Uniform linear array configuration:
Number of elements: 32
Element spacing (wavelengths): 0.75
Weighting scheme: exponential
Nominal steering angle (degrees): -15
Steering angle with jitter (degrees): -15.325
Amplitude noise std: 0.05
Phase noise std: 0.05

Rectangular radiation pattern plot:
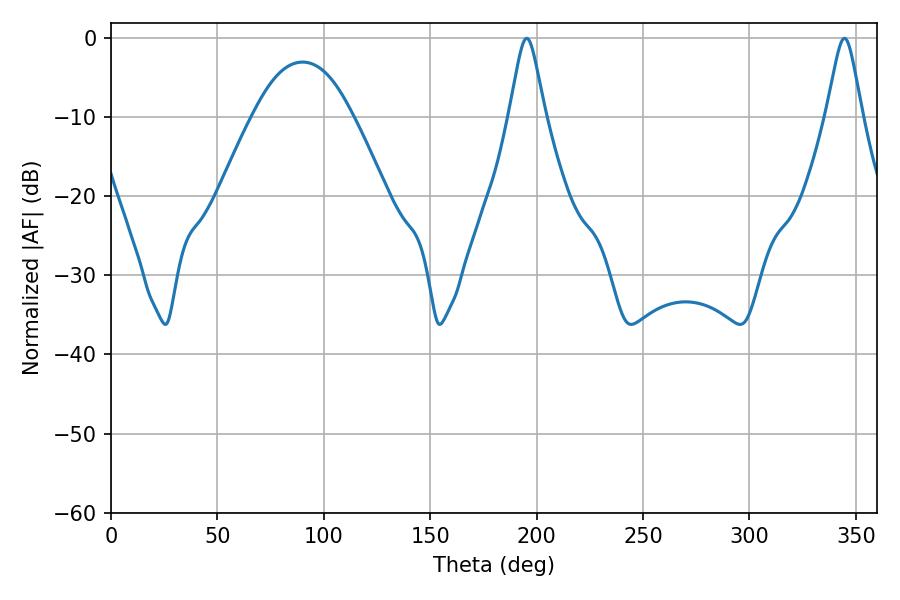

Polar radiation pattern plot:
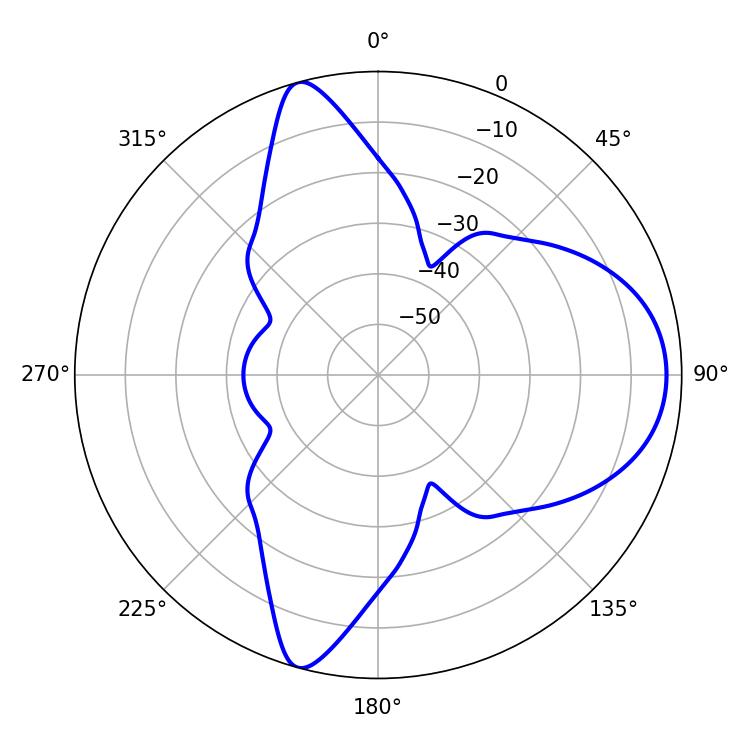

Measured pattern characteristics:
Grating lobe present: TRUE
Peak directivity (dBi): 10.027
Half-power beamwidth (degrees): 8.1
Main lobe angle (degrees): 195.3